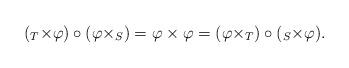
LaTeX: \begin{align*}(_T \times \varphi) \circ (\varphi \times _S) = \varphi \times \varphi = (\varphi \times _T) \circ (_S \times \varphi).\end{align*}